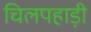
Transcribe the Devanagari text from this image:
चिलपहाड़ी